Annual report of the Central Committee of the Association together with the report of the directors of the Pasteur Institute at Kasauli
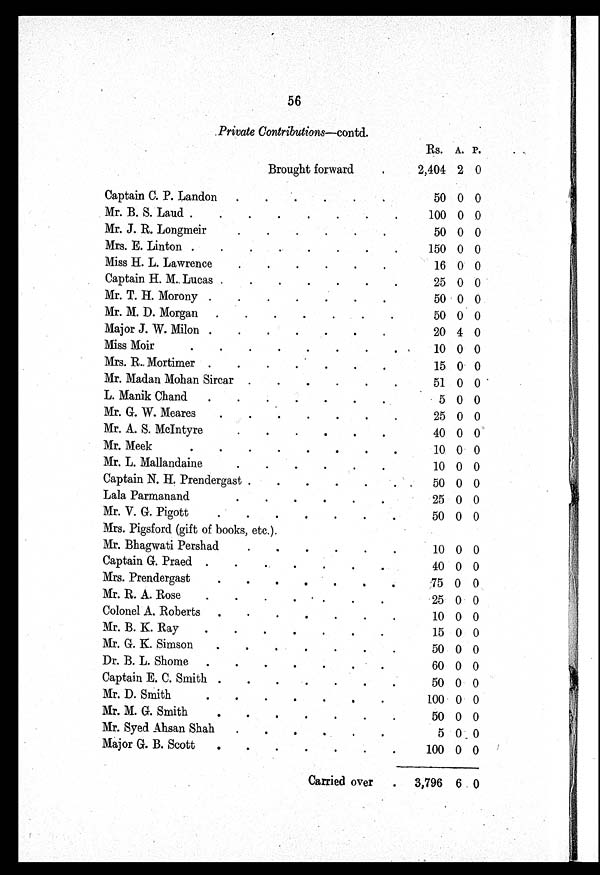
56
Private Contributions— contd.
Rs.
A. P.
Brought forward
2,404 2 0
Captain C. P. Landon
50 0 0
Mr. B. S. Laud .
100 0 0
Mr. J. R. Longmeir
50 0 0
Mrs. E. Linton
150 0 0
Miss H. L. Lawrence
16 0 0
Captain H. M. Lucas
25 0 0
Mr. T. H. Morony
50 0 0
Mr. M. D. Morgan
50 0 0
Major J. W. Milon
20 4 0
Miss Moir
10 0 0
Mrs. R.. Mortimer
15 0 0
Mr. Madan Mohan Sircar
51 0 0
L. Manik Chand
5 0 0
Mr. G. W. Meares
25 0 0
Mr. A. S. McIntyre
40 0 0
Mr. Meek
10 0 0
Mr. L. Mallandaine
10 0 0
Captain N. H. Prendergast .
50 0 0
Lala Parmanand
25 0 0
Mr. V. G. Pigott
50 0 0
Mrs. Pigsford (gift of books, etc.).
Mr. Bhagwati Pershad
10 0 0
Captain G. Praed
40 0 0
Mrs. Prendergast
75 0 0
Mr. R. A. Rose
25 0 0
Colonel A. Roberts
10 0 0
Mr. B. K. Ray
15 0 0
Mr. G. K. Simson
50 0 0
Dr. B. L. Shome
60 0 0
Captain E. C. Smith
50 0 0
Mr. D. Smith
100 0 0
Mr. M. G. Smith
50 0 0
Mr. Syed Ahsan Shah
5 0. 0
Major G. B. Scott
100 0 0
Carried over
3,796 6 0